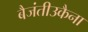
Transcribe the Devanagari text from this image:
बैजंतीउकैना